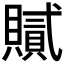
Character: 𧸐